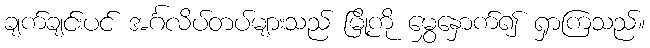
ချက်ချင်းပင် အင်္ဂလိပ်တပ်များသည် မြို့ကို မွှေနှောက်၍ ရှာကြသည်။